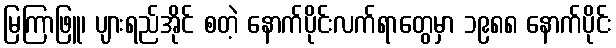
မြကြာဖြူ၊ ပျားရည်အိုင် စတဲ့ နောက်ပိုင်းလက်ရာတွေမှာ ၁၉၈၈ နောက်ပိုင်း